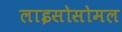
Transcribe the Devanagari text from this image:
लाइसोसोमल